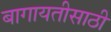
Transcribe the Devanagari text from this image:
बागायतीसाठी